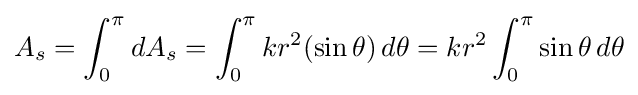
A_{s}=\int _{0}^{\pi }dA_{s}=\int _{0}^{\pi }kr^{2}(\sin \theta )\,d\theta =kr^{2}\int _{0}^{\pi }\sin \theta \,d\theta